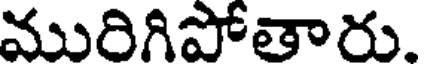
మురిగిపోతారు.